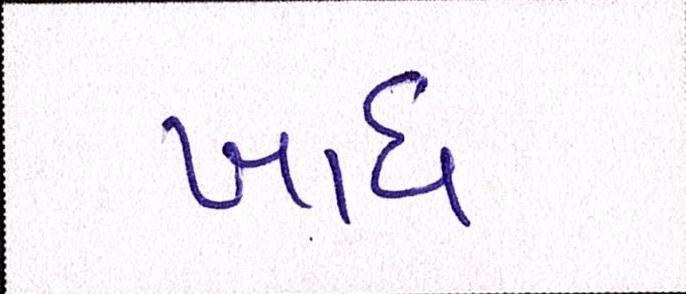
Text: ખાધ